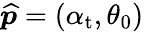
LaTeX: \widehat{\boldsymbol{p}}=(\alpha_{\mathrm{{t}}},\theta_{0})